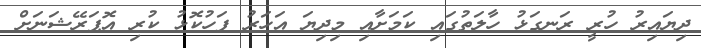
ދިޔައިރު ހުރީ ރަނގަޅު ހާލަތުގައި ކަމަށާއި މިދިޔަ އަހަރު ފަހުކޮޅު ކުރި އޮޕަރޭޝަނަށް